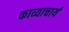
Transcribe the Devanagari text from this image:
काव्याचार्य